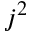
j ^ { 2 }